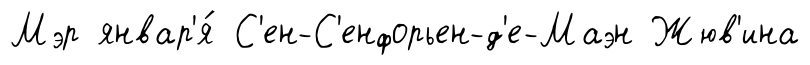
Мэр январ'я́ С'ен-С'енфорьен-д'е-Маэн Жюв'ина